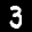
Label: 3